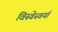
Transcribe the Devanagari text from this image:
विस्वेस्वर्या